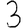
Digit: 3